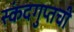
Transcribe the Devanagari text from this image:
स्कंदगुप्तची